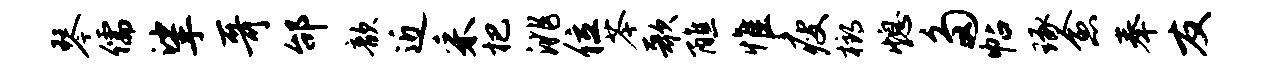
琴儒挲哥邰歆近采杷洮位苓歌醮惟瘦榔熄多帖琢愈奉友